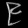
Digit: ၉